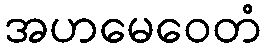
အဟမေဝေတံ